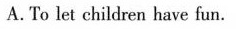
A. To let children have fun.